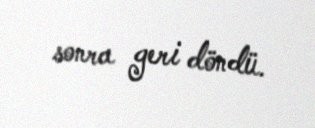
sonra geri döndü.